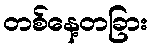
တစ်နေ့တခြား